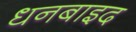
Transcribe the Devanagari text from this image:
धनबाइद